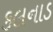
કલનાડ